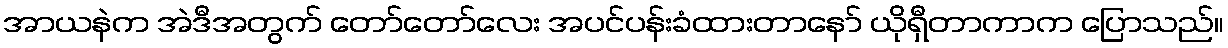
အာယနဲက အဲဒီအတွက် တော်တော်လေး အပင်ပန်းခံထားတာနော် ယိုရှီတာကာက ပြောသည်။